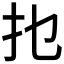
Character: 𰒹